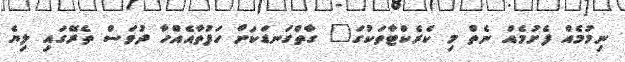
ނިމުމެއް ފެށުމެއް ނެތް މި ކެރެކްޓާތަކުގަ" ގާތްގަނޑަކަށް ހަފުތާއެއްހާ ދުވަސް ތެރޭގައި ލިޔެ